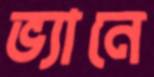
ভ্যানে